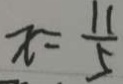
x = \frac { 1 1 } { 5 }